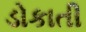
ડોકાતી